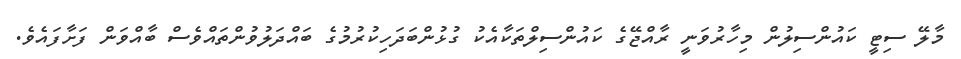
މާލޭ ސިޓީ ކައުންސިލުން މިހާރުވަނީ ރާއްޖޭގެ ކައުންސިލްތަކާއެކު ގުޅުންބަދަހިކުރުމުގެ ބައްދަލުވުންތައްވެސް ބާއްވަން ފަށާފައެވެ.